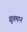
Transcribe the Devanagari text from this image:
द्युतमान